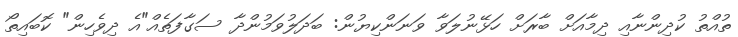
ތުއްތު ކުދިންނާއި ދިމާއަށް ބާރަށް ހަޅޭނުލަވާ ވަނަންކިޔުން: ބަދަލުވަމުންދާ ސަގާފަތެއް"އެ ދިވެހިން" ކޮބައިތޯ